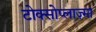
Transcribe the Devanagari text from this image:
टोक्सोप्लाज़्मा